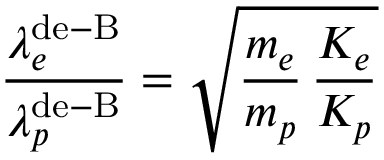
\frac { \lambda _ { e } ^ { \mathrm { d e - B } } } { \lambda _ { p } ^ { \mathrm { d e - B } } } = \sqrt { \frac { m _ { e } } { m _ { p } } \, \frac { K _ { e } } { K _ { p } } }